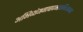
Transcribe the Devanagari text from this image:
अभिव्यंजनावादभावाभिव्यन्जना